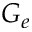
G _ { e }